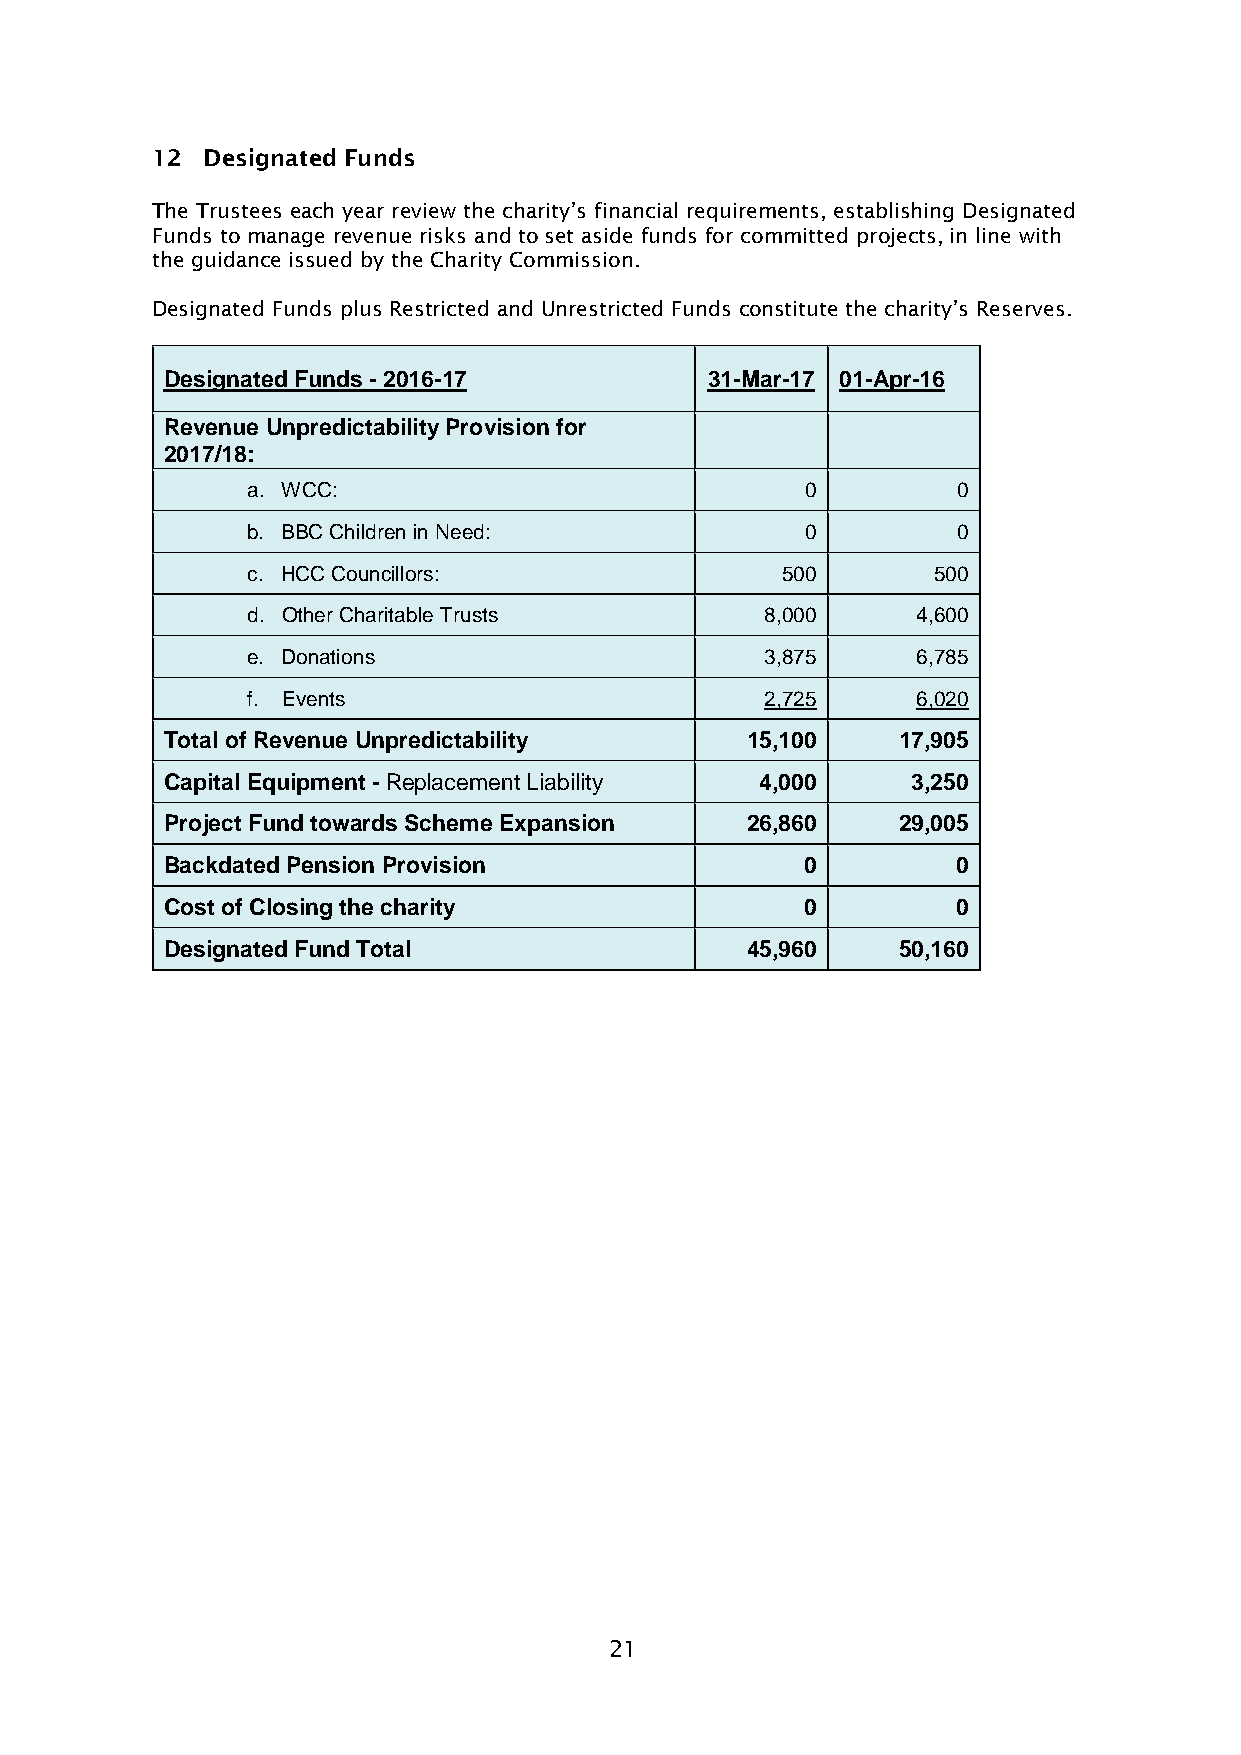
12 Designated Funds
 The Trustees each year review the charity’s financial requirements, establishing Designated
 Funds to manage revenue risks and to set aside funds for committed projects, in line with
 the guidance issued by the Charity Commission.
 Designated Funds plus Restricted and Unrestricted Funds constitute the charity’s Reserves.
 Designated Funds - 2016-17          31-Mar-17 01-Apr-16
 Revenue Unpredictability Provision for
 2017/18:
 a. WCC:                              0         0
 b. BBC Children in Need:             0         0
 c. HCC Councillors:                 500       500
 d. Other Charitable Trusts         8,000     4,600
 e. Donations                       3,875     6,785
 f. Events                          2,725     6,020
 Total of Revenue Unpredictability     15,100    17,905
 Capital Equipment - Replacement Liability 4,000  3,250
 Project Fund towards Scheme Expansion 26,860    29,005
 Backdated Pension Provision               0         0
 Cost of Closing the charity               0         0
 Designated Fund Total                 45,960    50,160
 21